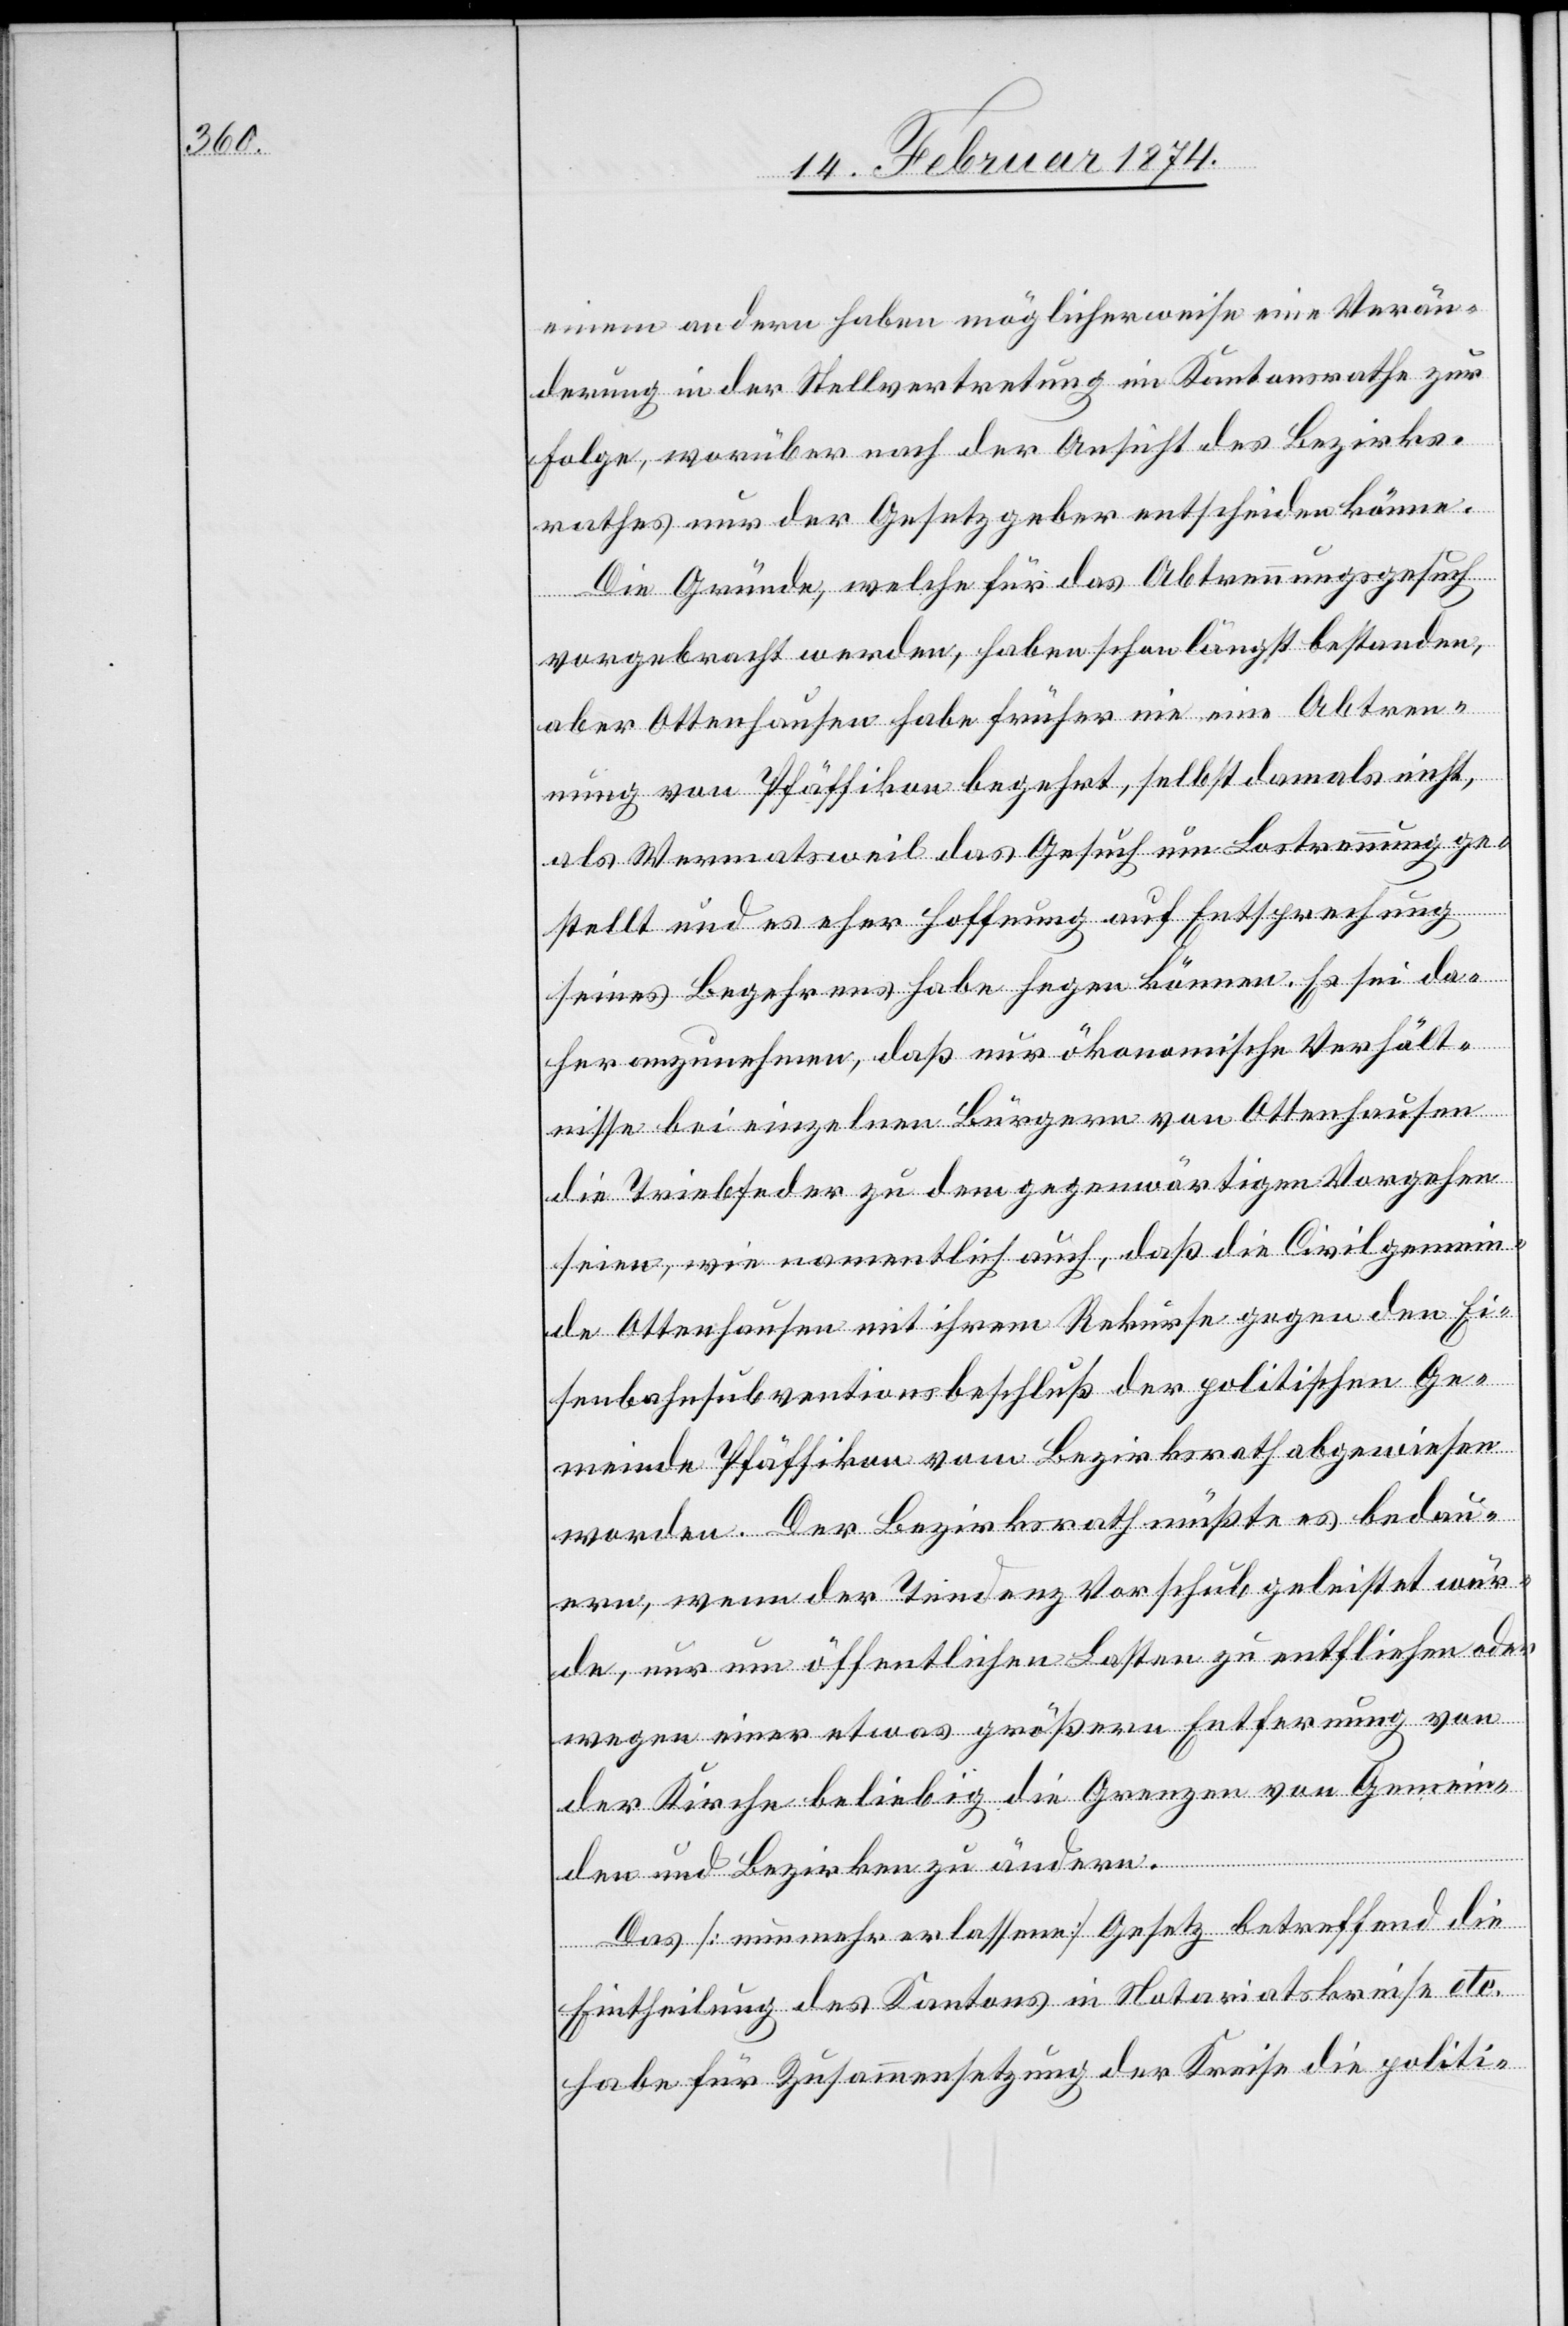
einem andern haben möglicherweise eine Verän¬
derung in der Stellvertretung im Kantonsrath zur
Folge, worüber nach der Ansicht des Bezirks¬
rathes nur der Gesetzgeber entscheiden könne.
Die Gründe, welche für das Abtrennungsgesuch
vorgebracht werden, haben schon längst bestanden,
aber Ottenhausen habe früher nie eine Abtren¬
nung von Pfäffikon begehrt, selbst damals nicht,
als Wermatsweil das Gesuch um Lostrennung ge¬
stellt und es eher Hoffnung auf Entsprechung
seines Begehrens habe hegen können. Es sei da¬
her anzunehmen, daß nur ökonomische Verhält¬
nisse bei einzelnen Bürgern von Ottenhausen
die Triebfeder zu dem gegenwärtigen Vorgehen
seien, wie namentlich auch, daß die Civilgemein¬
de Ottenhausen mit ihrem Rekurse gegen den Ei¬
senbahnsubventionsbeschluß der politischen Ge¬
meinde Pfäffikon vom Bezirksrath abgewiesen
worden. Der Bezirksrath müßte es bedau¬
ern, wenn der Tendenz Vorschub geleistet wür¬
de, nur um öffentlichen Lasten zu entfliehen oder
wegen einer etwas größern Entfernung von
der Kirche beliebig die Grenzen von Gemein¬
den und Bezirken zu ändern.
Das [nunmehr erlassene] Gesetz betreffend die
Eintheilung des Kantons in Notariatskreise etc.
habe für Zusammensetzung der Kreise die politi-